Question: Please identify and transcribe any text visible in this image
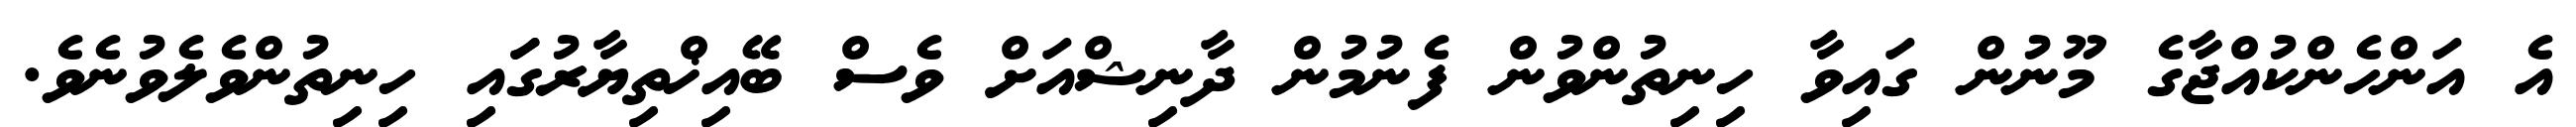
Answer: އެ އަންހެންކުއްޖާގެ މޫނުން ގައިވާ ހިނިތުންވުން ފެނުމުން ދާނިޝްއަށް ވެސް ބޭއިޚްތިޔާރުގަައި ހިނިތުންވެލެވުނެވެ.